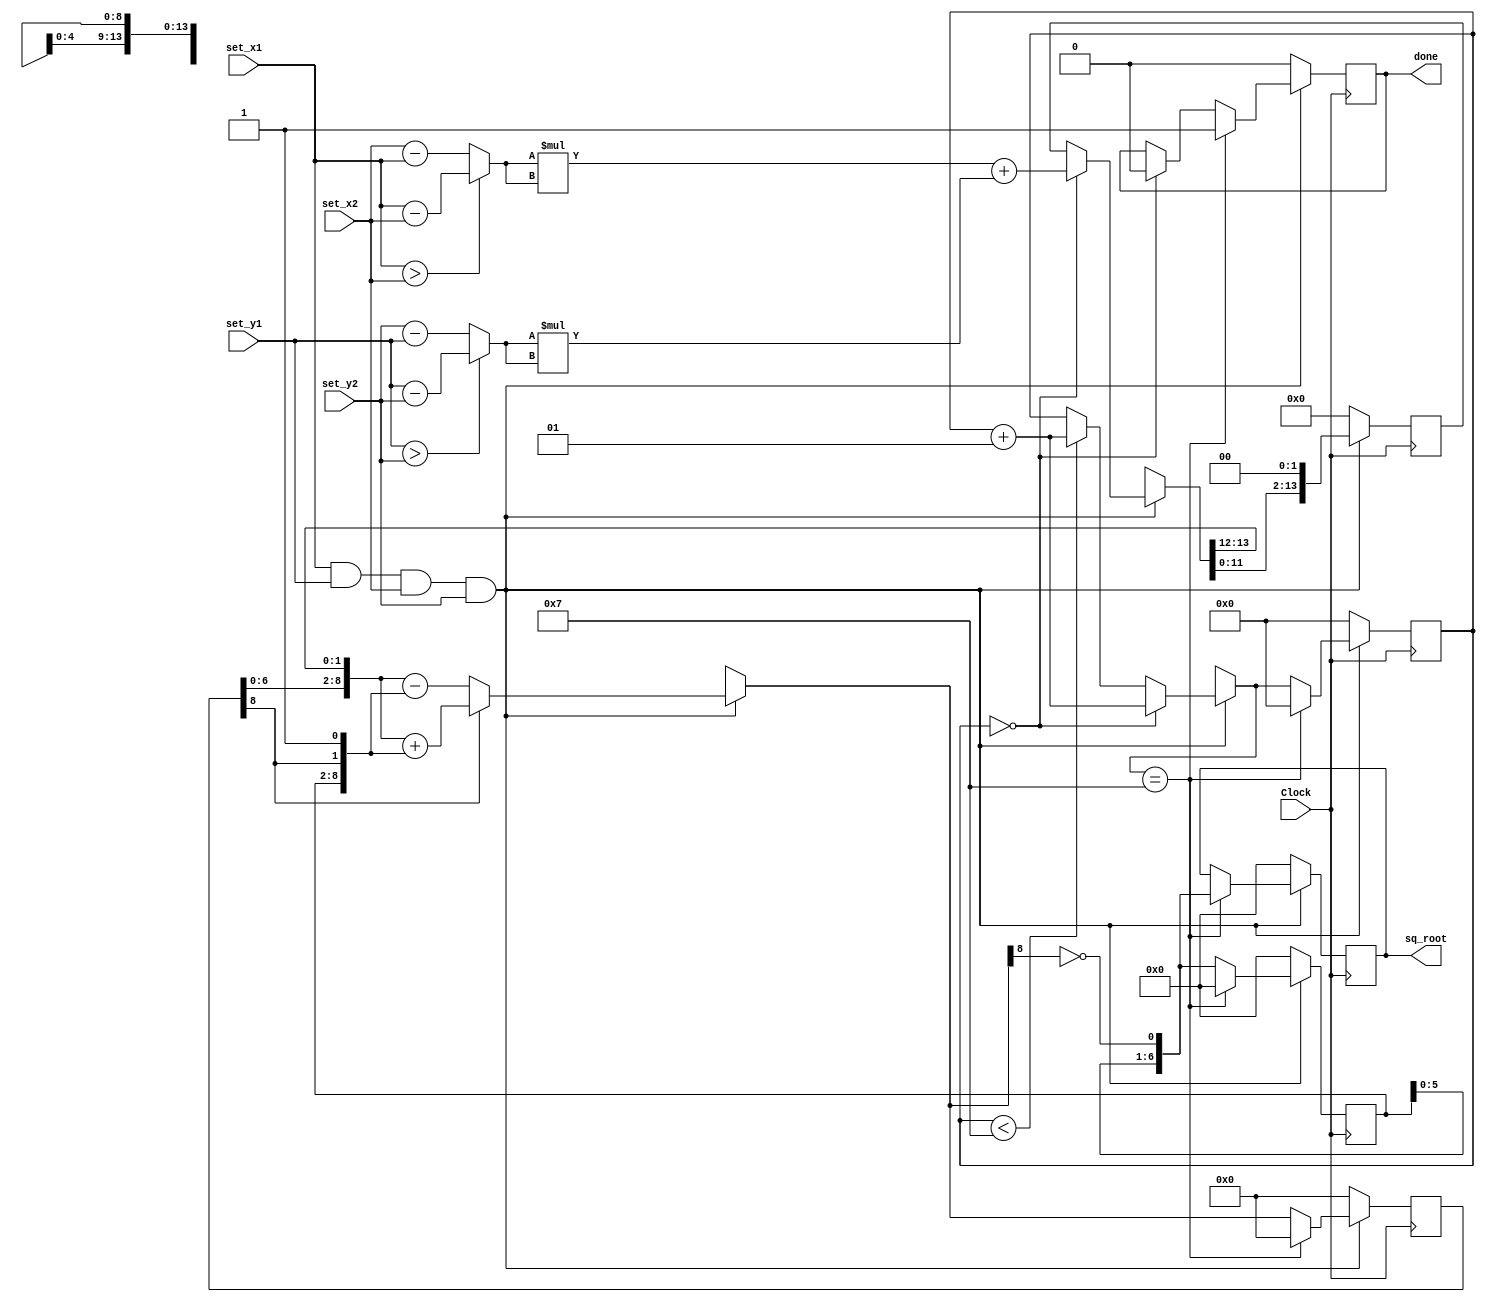
`timescale 1ns / 1ps
//////////////////////////////////////////////////////////////////////////////////
// Company: 
// Engineer: 
// 
// Design Name: 
// Module Name: sqrt
// Project Name: 
// Target Devices: 
// Tool Versions: 
// Description: 
// 
// Dependencies: 
// 
// Revision:
// Revision 0.01 - File Created
// Additional Comments:
// 
//////////////////////////////////////////////////////////////////////////////////


module sqrt
    #(parameter N = 14)
    (   input Clock,  //Clock
        input [6:0] set_x1, set_y1, set_x2, set_y2,
        //input reset,  //Asynchronous active high reset.      
        //input [N-1:0] num_in,   //this is the number for which we want to find square root.
        output reg done,     //This signal goes high when output is ready
        output reg [N/2-1:0] sq_root  //square root of 'num_in'
    );
    reg [6:0] x, y;
    reg [N-1:0] num_in;
    reg [N-1:0] a;   //original input.
    reg [N/2+1:0] left,right;     //input to adder/sub.r-remainder.
    reg signed [N/2+1:0] r;
    reg [N/2-1:0] q;    //result.
    integer i;   //index of the loop. 

    always @(posedge Clock) 
    begin
        if (!(set_x1 && set_y1 && set_x2 && set_y2)) begin   //reset the variables.
            done <= 0;
            sq_root <= 0;
            i = 0;
            a = 0;
            left = 0;
            right = 0;
            r = 0;
            q = 0;
        end    
        else begin
            //Before we start the first clock cycle get the 'input' to the variable 'a'.
            x = (set_x1 > set_x2) ? set_x1 - set_x2 : set_x2 - set_x1;
            y = (set_y1 > set_y2) ? set_y1 - set_y2 : set_y2 - set_y1;
            num_in = x*x + y*y;
            
            if(i == 0) begin  
                a = num_in;
                done <= 0;    //reset 'done' signal.
                i = i+1;   //increment the loop index.
            end
            else if(i < N/2) begin //keep incrementing the loop index.
                i = i+1;  
            end
            //These statements below are derived from the block diagram.
            right = {q,r[N/2+1],1'b1};
            left = {r[N/2-1:0], a[N-1:N-2]};
            a = {a[N-3:0], 2'b0};  //shifting left by 2 bit.
            if ( r[N/2+1] == 1)    //add or subtract as per this bit.
                r = left + right;
            else
                r = left - right;
            q = {q[N/2-2:0], ~r[N/2+1]};
            if(i == N/2) begin    //This means the max value of loop index has reached. 
                done <= 1;    //make 'done' high because output is ready.
                i = 0; //reset loop index for beginning the next cycle.
                sq_root <= q;   //assign 'q' to the output port.
                //reset other signals for using in the next cycle.
                left = 0;
                right = 0;
                r = 0;
                q = 0;
            end
        end    
    end

endmodule